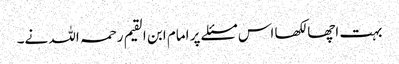
بہت اچھا لکھا اس مسئلے پر امام ابن القیم رحمہ اللہ نے۔